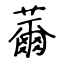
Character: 薾